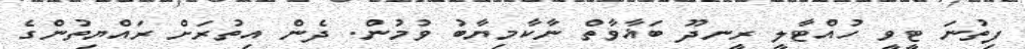
ފިތުނަ ޓީވީ ހުއްޓާލީ ރީނދޫ ބަޣާވާތް ނާކާމިޔާބު ވުމުން. ދެން އިތުރަށް ރައްޔިތުންގެ